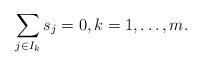
LaTeX: \begin{align*}\sum\limits_{j\in I_k} s_j = 0, k = 1,\ldots, m.\end{align*}